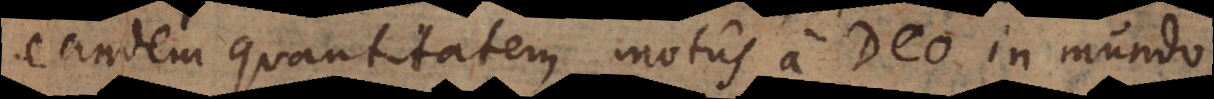
eandem quantitatem motus a Deo in mundo